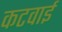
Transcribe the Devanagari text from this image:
कटवाई